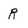
Character: R